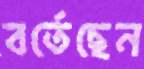
বর্তেছেন